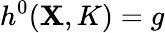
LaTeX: h^{0}(\mathbf{X},K)=g